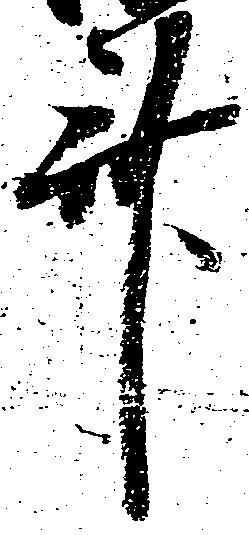
斎